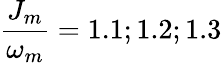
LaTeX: \frac{J_{m}}{\omega_{m}}=1.1;1.2;1.3